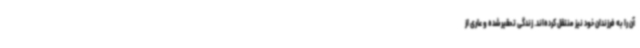
آن را به فرزندان خود نیز منتقل کرده‌اند. زندگی تحقیرشده و عاری از